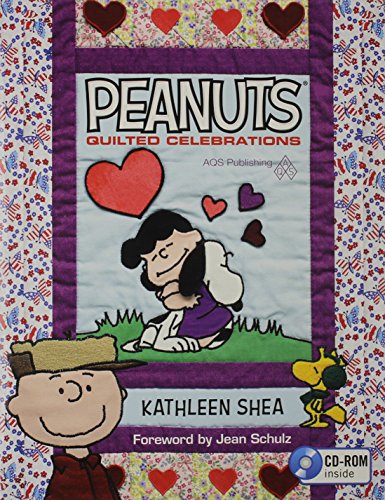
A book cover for PEANUTS Â® Quilted Celebrations; Shea; Crafts, Hobbies & Home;